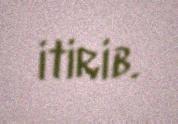
itirib.